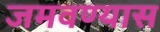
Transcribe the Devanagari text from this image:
जमवण्यास